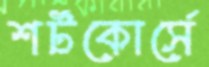
শর্টকোর্সে